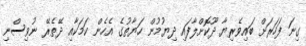
ގިނަ ފަހަރަށް ބައިވެރިޔާ ދޫކޮށްލާފައި ދިޔުމުން ހަޔާތުގެ އެހެން ކަމަކާއި ދޭތެރޭ ނުވިސްނި